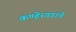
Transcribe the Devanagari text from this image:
कण्हेरगडाचे